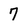
Character: 7